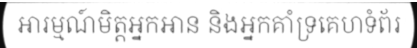
អារម្មណ៍មិត្តអ្នកអាន និងអ្នកគាំទ្រគេហទំព័រ